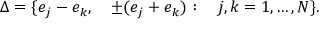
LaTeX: \Delta = \{ e _ { j } - e _ { k } , \quad \pm ( e _ { j } + e _ { k } ) : \quad j , k = 1 , \ldots , N \} .